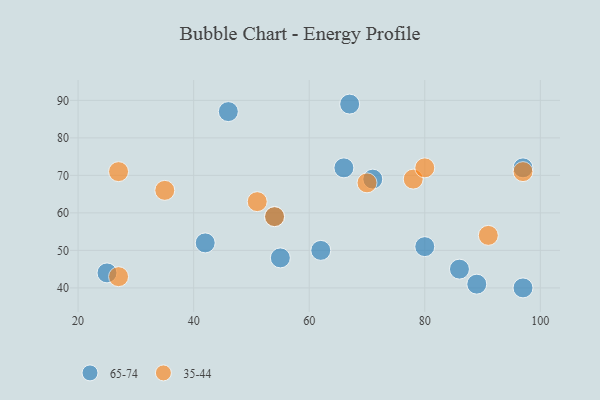
{"axis": {"x": "GDP", "y": "Life Expectancy"}, "legend": ["35-44", "65-74"], "data": [{"x": "80", "y": 51, "type": "65-74"}, {"x": "67", "y": 89, "type": "65-74"}, {"x": "62", "y": 50, "type": "65-74"}, {"x": "97", "y": 72, "type": "65-74"}, {"x": "54", "y": 59, "type": "65-74"}, {"x": "97", "y": 40, "type": "65-74"}, {"x": "55", "y": 48, "type": "65-74"}, {"x": "89", "y": 41, "type": "65-74"}, {"x": "42", "y": 52, "type": "65-74"}, {"x": "66", "y": 72, "type": "65-74"}, {"x": "86", "y": 45, "type": "65-74"}, {"x": "46", "y": 87, "type": "65-74"}, {"x": "71", "y": 69, "type": "65-74"}, {"x": "25", "y": 44, "type": "65-74"}, {"x": "27", "y": 71, "type": "35-44"}, {"x": "35", "y": 66, "type": "35-44"}, {"x": "27", "y": 43, "type": "35-44"}, {"x": "97", "y": 71, "type": "35-44"}, {"x": "78", "y": 69, "type": "35-44"}, {"x": "51", "y": 63, "type": "35-44"}, {"x": "70", "y": 68, "type": "35-44"}, {"x": "54", "y": 59, "type": "35-44"}, {"x": "80", "y": 72, "type": "35-44"}, {"x": "91", "y": 54, "type": "35-44"}]}